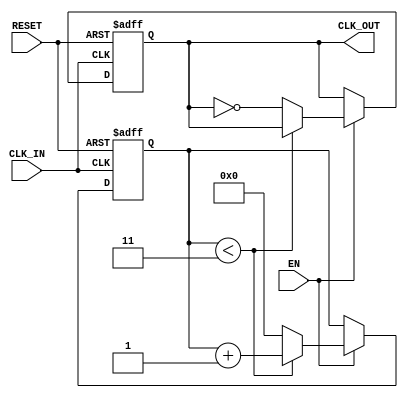
module ClockDividerBuffer #(
    parameter N = 4  // Division factor (must be >= 2)
)(
    input wire CLK_IN,   // Input clock signal
    input wire EN,       // Enable signal
    input wire RESET,    // Asynchronous reset signal
    output reg CLK_OUT    // Output clock signal
);

    // Internal counter
    reg [31:0] counter;  // 32-bit counter to hold the count

    // Asynchronous reset and counter logic
    always @(posedge CLK_IN or posedge RESET) begin
        if (RESET) begin
            counter <= 0;   // Reset counter
            CLK_OUT <= 0;   // Reset output clock
        end else if (EN) begin
            if (counter < (N - 1)) begin
                counter <= counter + 1; // Increment counter
            end else begin
                counter <= 0;           // Reset counter
                CLK_OUT <= ~CLK_OUT;    // Toggle output clock
            end
        end
    end

endmodule